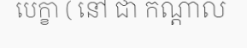
បេក្ខា ( នៅ ជា កណ្តាល